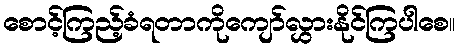
စောင့်ကြည့်ခံရတာကိုကျော်လွှားနိုင်ကြပါစေ။